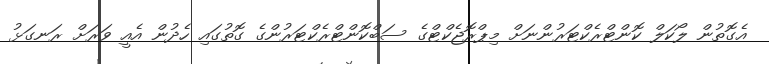
އެގޮތުން ލޯކަލް ކޮންޓްރެކްޓަރުންނަށް މިޕްރޮޖެކްޓްގެ ސަބްކޮންޓްރެކްޓަރުންގެ ގޮތުގައި ހެދުން އެއީ ވަރަށް ރަނގަޅު